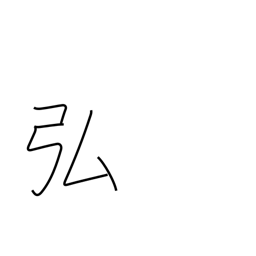
Meaning: vast